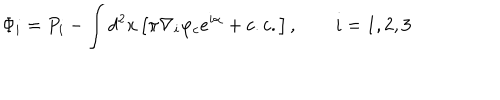
LaTeX: \Phi _ { i } = P _ { i } - \int d ^ { 2 } x \left[ \pi \nabla _ { i } \varphi _ { c } e ^ { i \alpha } + c . c . \right] , \qquad i = 1 , 2 , 3